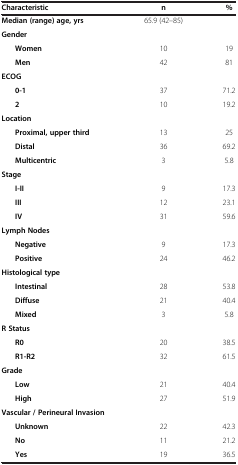
| Characteristic | n | % |
 | --- | --- | --- |
 | Median (range) age, yrs | 65.9 (42–85) |  |
 | Gender |  |  |
 | Women | 10 | 19 |
 | Men | 42 | 81 |
 | ECOG |  |  |
 | 0-1 | 37 | 71.2 |
 | 2 | 10 | 19.2 |
 | Location |  |  |
 | Proximal, upper third | 13 | 25 |
 | Distal | 36 | 69.2 |
 | Multicentric | 3 | 5.8 |
 | Stage |  |  |
 | I-II | 9 | 17.3 |
 | III | 12 | 23.1 |
 | IV | 31 | 59.6 |
 | Lymph Nodes |  |  |
 | Negative | 9 | 17.3 |
 | Positive | 24 | 46.2 |
 | Histological type |  |  |
 | Intestinal | 28 | 53.8 |
 | Diffuse | 21 | 40.4 |
 | Mixed | 3 | 5.8 |
 | R Status |  |  |
 | R0 | 20 | 38.5 |
 | R1-R2 | 32 | 61.5 |
 | Grade |  |  |
 | Low | 21 | 40.4 |
 | High | 27 | 51.9 |
 | Vascular / Perineural Invasion |  |  |
 | Unknown | 22 | 42.3 |
 | No | 11 | 21.2 |
 | Yes | 19 | 36.5 |